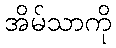
အိမ်သာကို